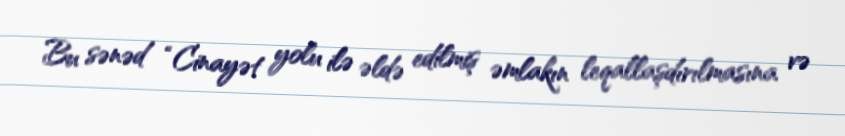
Bu sənəd “Cinayət yolu ilə əldə edilmiş əmlakın leqallaşdırılmasına və